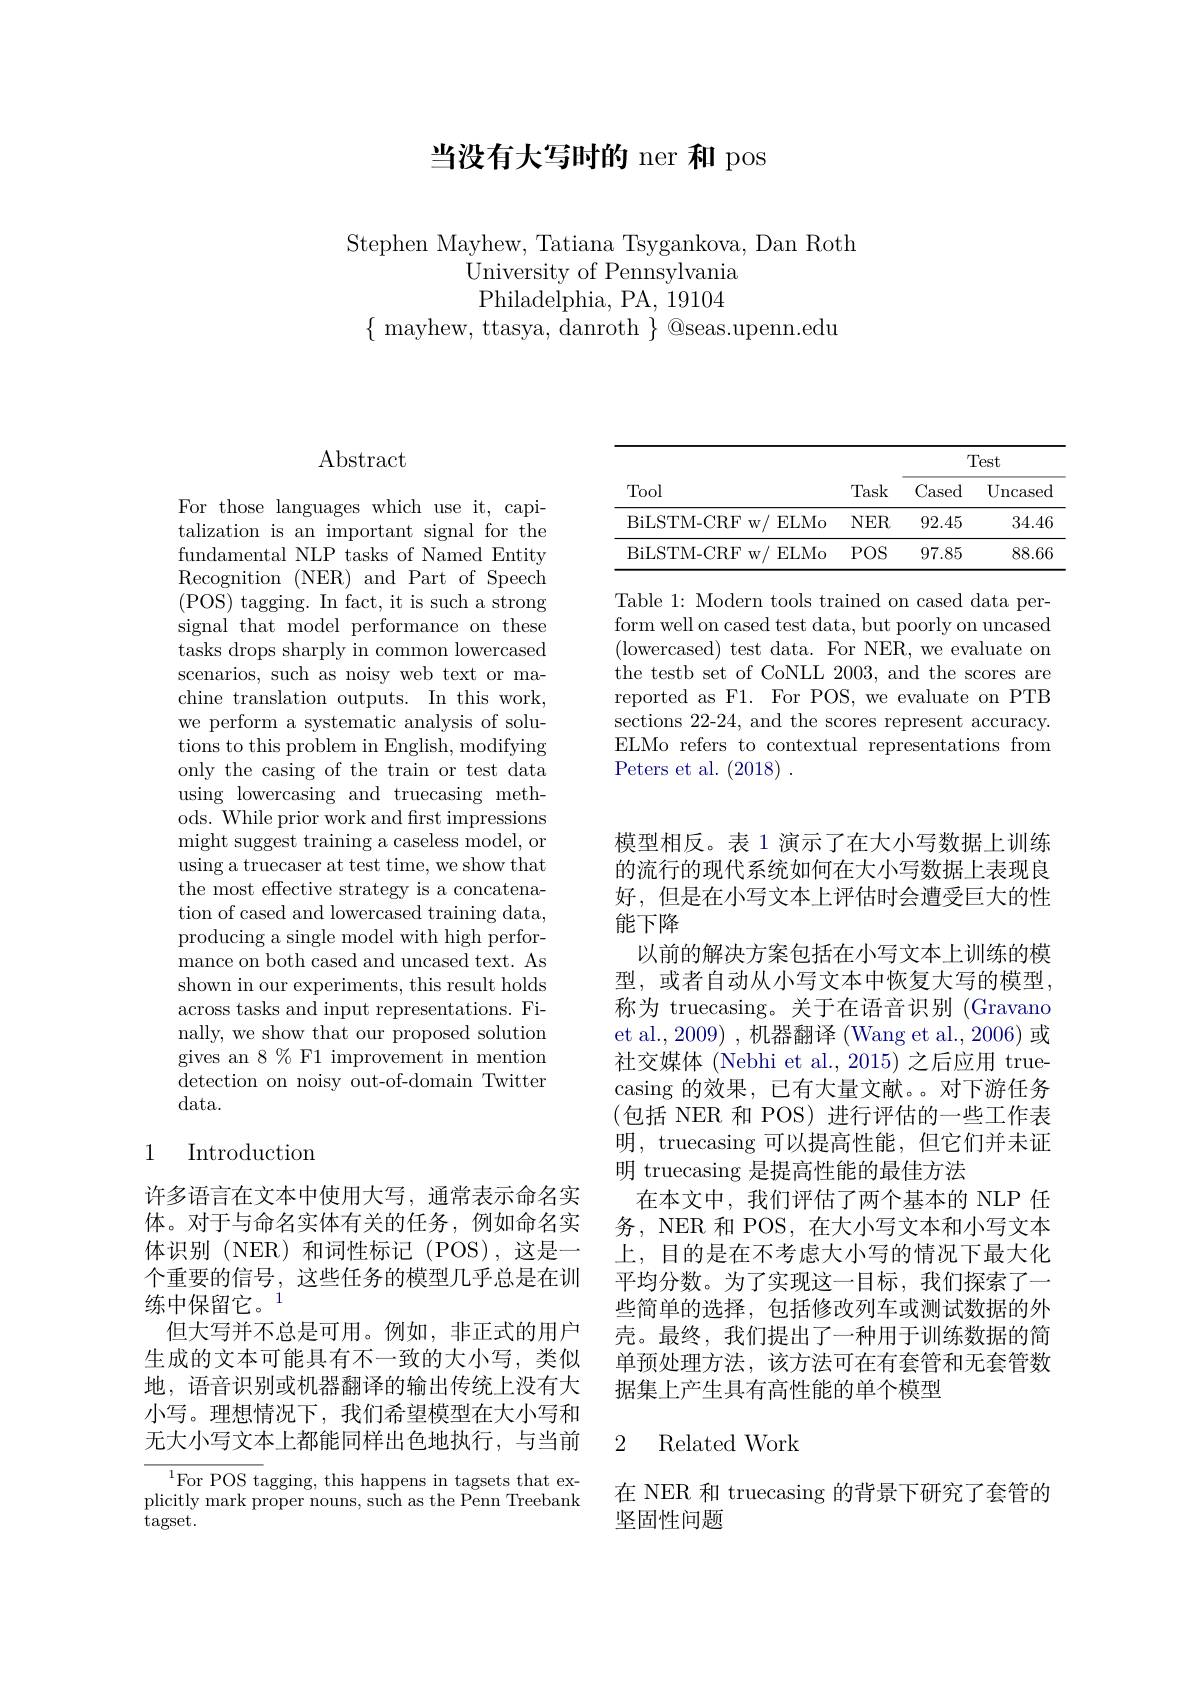
当没有大写时的 ner 和 pos

Stephen Mayhew, Tatiana Tsygankova, Dan Roth
${\mathrm{University~of~Pennsylvania}}$ Philadelphia, PA, 19104
$\{{\mathrm{~mayhew,~ttasya,~danroth~}}\}{\textcircled {Q}}$seas.upenn.edu

## $\operatorname{Abstract}$

For those languages which use it, capitalization is an important signal for the fundamental NLP tasks of Named Entity Recognition (NER) and Part of Speech ( POS) tagging. In fact, it is such a strong signal that model performance on these tasks drops sharply in common lowercased scenarios, such as noisy web text or machine translation outputs. In this work, we perform a systematic analysis of solutions to this problem in English, modifying only the casing of the train or test data using lowercasing and truecasing methods. While prior work and frst impressions might suggest training a caseless model, or using a truecaser at test time, we show that the most effective strategy is a concatenation of cased and lowercased training data, producing a single model with high performance on both cased and uncased text. As shown in our experiments, this result holds across tasks and input representations. Finally, we show that our proposed solution gives an 8 % F1 improvement in mention detection on noisy out-of-domain Twitter data.

# 1 Introduction

许多语言在文本中使用大写，通常表示命名实体。对于与命名实体有关的任务，例如命名实体识别(NER)和词性标记(POS),这是一个重要的信号，这些任务的模型几乎总是在训练中保留它。1
但大写并不总是可用。例如，非正式的用户生成的文本可能具有不一致的大小写，类似地，语音识别或机器翻译的输出传统上没有大小写。理想情况下，我们希望模型在大小写和无大小写文本上都能同样出色地执行，与当前

${{\overline{{\mathrm{For~POS~tagging,~this~happens~in~tagsets~that~ex-}}}}}$ plicitly mark proper nouns, such as the Penn Treebank $\bar{\mathrm{tagset}}.$

<table>
	<tbody>
		<tr>
			<th rowspan="2">Tool</th>
			<th rowspan="2">Task</th>
			<th colspan="2">Test</th>
		</tr>
		<tr>
			<th>Cased</th>
			<th>Uncased</th>
		</tr>
		<tr>
			<td>BiLSTM- CRFw/ ELMo</td>
			<td>$NER$</td>
			<td>92.45</td>
			<td>34.46</td>
		</tr>
		<tr>
			<td>BiLSTM- CRFw/ ELMo</td>
			<td>$POS$</td>
			<td>97.85</td>
			<td>88.66</td>
		</tr>
	</tbody>
</table>

Table 1: Modern tools trained on cased data perform well on cased test data, but poorly on uncased (lowercased) test data. For NER, we evaluate on the testb set of CoNLL 2003, and the scores are reported as F1. For POS, we evaluate on PTB sections 22-24, and the scores represent accuracy. ELMo refers to contextual representations from Peters et al. (2018) .

模型相反。表 1 演示了在大小写数据上训练的流行的现代系统如何在大小写数据上表现良好，但是在小写文本上评估时会遭受巨大的性能下降
以前的解决方案包括在小写文本上训练的模型，或者自动从小写文本中恢复大写的模型， 称为 truecasing。关于在语音识别 (Gravano et al.,2009) , 机器翻译 (Wang et al., 2006) 或社交媒体 (Nebhi et al., 2015) 之后应用 truecasing 的效果，已有大量文献。。对下游任务(包括 NER 和 POS)进行评估的一些工作表明，truecasing 可以提高性能，但它们并未证明 truecasing 是提高性能的最佳方法
在本文中，我们评估了两个基本的 NLP 任务，NER 和 POS, 在大小写文本和小写文本上，目的是在不考虑大小写的情况下最大化平均分数。为了实现这一目标，我们探索了一些简单的选择，包括修改列车或测试数据的外壳。最终，我们提出了一种用于训练数据的简单预处理方法，该方法可在有套管和无套管数据集上产生具有高性能的单个模型

### 2 Related Work

在 NER 和 truecasing 的背景下研究了套管的
坚固性问题